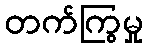
တက်ကြွမှု